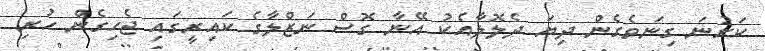
ކަރުނަ ގިނަވެގެން ދިޔަ ދެލޮލާއެކު އޭނާ ގޮސް ނަޒްލާގެ ކައިރީގައި ޖެހިގެން ހުރި